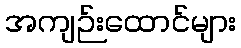
အကျဉ်းထောင်များ